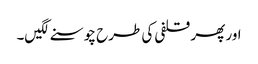
اور پھر قلفی کی طرح چوسنے لگیں۔